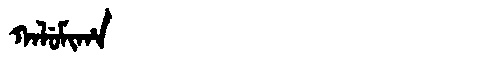
Manchu: ᡴᠠᠯᡠᠮᡳᡥᠠ
Romanization: KALUMIHA